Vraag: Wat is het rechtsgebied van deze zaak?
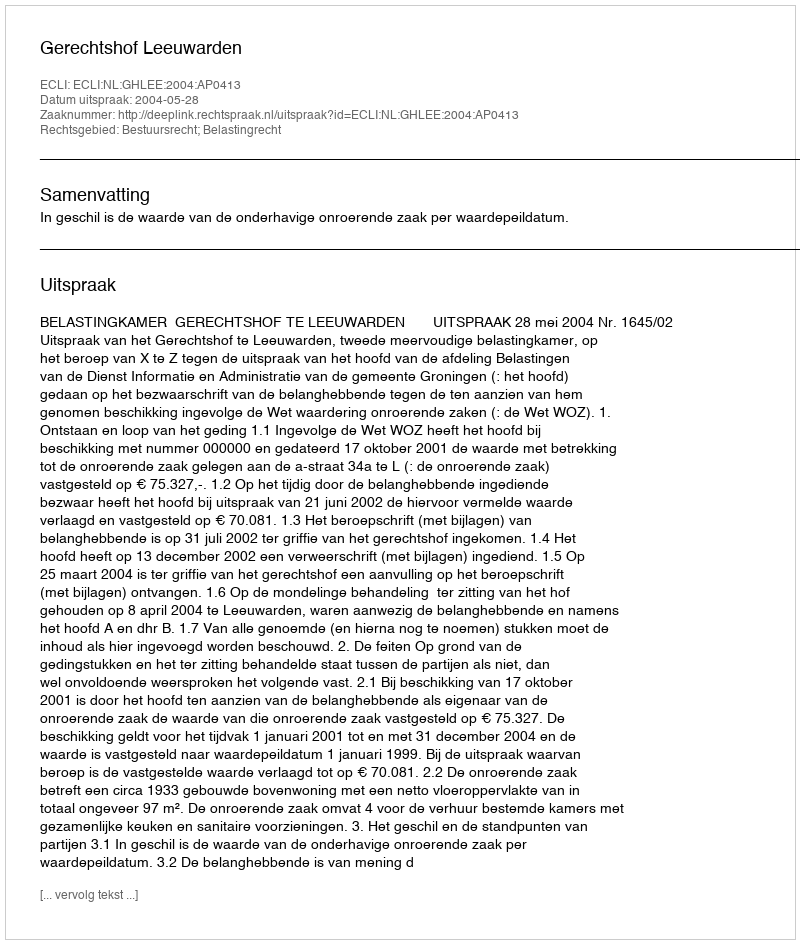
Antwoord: Bestuursrecht; Belastingrecht